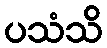
ပသံသိ